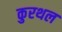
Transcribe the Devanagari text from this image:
कुरथल